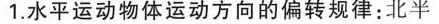
1.水平运动物体运动方向的偏转规律：北半